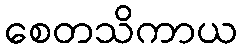
စေတသိကာယ